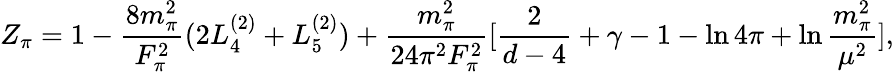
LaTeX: Z_{\pi}=1-\frac{8m_{\pi}^{2}}{F_{\pi}^{2}}(2L_{4}^{(2)}+L_{5}^{(2)})+\frac{m_{\pi}^{2}}{24\pi^{2}F_{\pi}^{2}}[\frac 2{d-4}+\gamma-1-\ln 4\pi+\ln\frac{m_{\pi}^{2}}{\mu^{2}}],